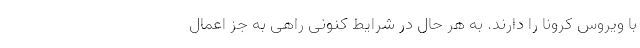
با ویروس کرونا را دارند. به هر حال در شرایط کنونی راهی به جز اعمال